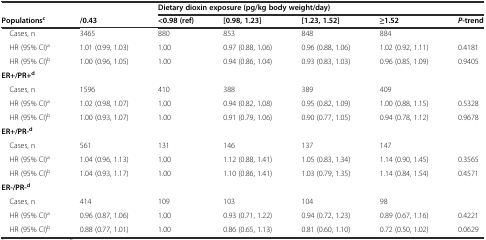
<table><thead><tr><td></td><td></td><td colspan="5"><b>Dietary dioxin exposure (pg/kg body weight/day)</b></td></tr><tr><td><b>Populations<sup>c</sup></b></td><td><b>/0.43</b></td><td><b>&lt;0.98 (ref)</b></td><td><b>[0.98, 1.23]</b></td><td><b>[1.23, 1.52]</b></td><td><b>≥1.52</b></td><td><b><i>P</i>-trend</b></td></tr></thead><tbody><tr><td> Cases, n</td><td>3465</td><td>880</td><td>853</td><td>848</td><td>884</td><td></td></tr><tr><td> HR (95% CI)<sup>a</sup></td><td>1.01 (0.99, 1.03)</td><td>1.00</td><td>0.97 (0.88, 1.06)</td><td>0.96 (0.88, 1.06)</td><td>1.02 (0.92, 1.11)</td><td>0.4181</td></tr><tr><td> HR (95% CI)<sup>b</sup></td><td>1.00 (0.96, 1.05)</td><td>1.00</td><td>0.94 (0.86, 1.04)</td><td>0.93 (0.83, 1.03)</td><td>0.96 (0.85, 1.09)</td><td>0.9405</td></tr><tr><td><b>ER+/PR+</b><sup><b>d</b></sup></td><td></td><td></td><td></td><td></td><td></td><td></td></tr><tr><td> Cases, n</td><td>1596</td><td>410</td><td>388</td><td>389</td><td>409</td><td></td></tr><tr><td> HR (95% CI)<sup>a</sup></td><td>1.02 (0.98, 1.07)</td><td>1.00</td><td>0.94 (0.82, 1.08)</td><td>0.95 (0.82, 1.09)</td><td>1.00 (0.88, 1.15)</td><td>0.5328</td></tr><tr><td> HR (95% CI)<sup>b</sup></td><td>1.00 (0.93, 1.07)</td><td>1.00</td><td>0.91 (0.79, 1.06)</td><td>0.90 (0.77, 1.05)</td><td>0.94 (0.78, 1.12)</td><td>0.9678</td></tr><tr><td><b>ER+/PR-</b><sup><b>d</b></sup></td><td></td><td></td><td></td><td></td><td></td><td></td></tr><tr><td> Cases, n</td><td>561</td><td>131</td><td>146</td><td>137</td><td>147</td><td></td></tr><tr><td> HR (95% CI)<sup>a</sup></td><td>1.04 (0.96, 1.13)</td><td>1.00</td><td>1.12 (0.88, 1.41)</td><td>1.05 (0.83, 1.34)</td><td>1.14 (0.90, 1.45)</td><td>0.3565</td></tr><tr><td> HR (95% CI)<sup>b</sup></td><td>1.04 (0.93, 1.17)</td><td>1.00</td><td>1.10 (0.86, 1.41)</td><td>1.03 (0.79, 1.35)</td><td>1.14 (0.84, 1.54)</td><td>0.4571</td></tr><tr><td><b>ER-/PR-</b><sup><b>d</b></sup></td><td></td><td></td><td></td><td></td><td></td><td></td></tr><tr><td> Cases, n</td><td>414</td><td>109</td><td>103</td><td>104</td><td>98</td><td></td></tr><tr><td> HR (95% CI)<sup>a</sup></td><td>0.96 (0.87, 1.06)</td><td>1.00</td><td>0.93 (0.71, 1.22)</td><td>0.94 (0.72, 1.23)</td><td>0.89 (0.67, 1.16)</td><td>0.4221</td></tr><tr><td> HR (95% CI)<sup>b</sup></td><td>0.88 (0.77, 1.01)</td><td>1.00</td><td>0.86 (0.65, 1.13)</td><td>0.81 (0.60, 1.10)</td><td>0.72 (0.50, 1.02)</td><td>0.0629</td></tr></tbody></table>